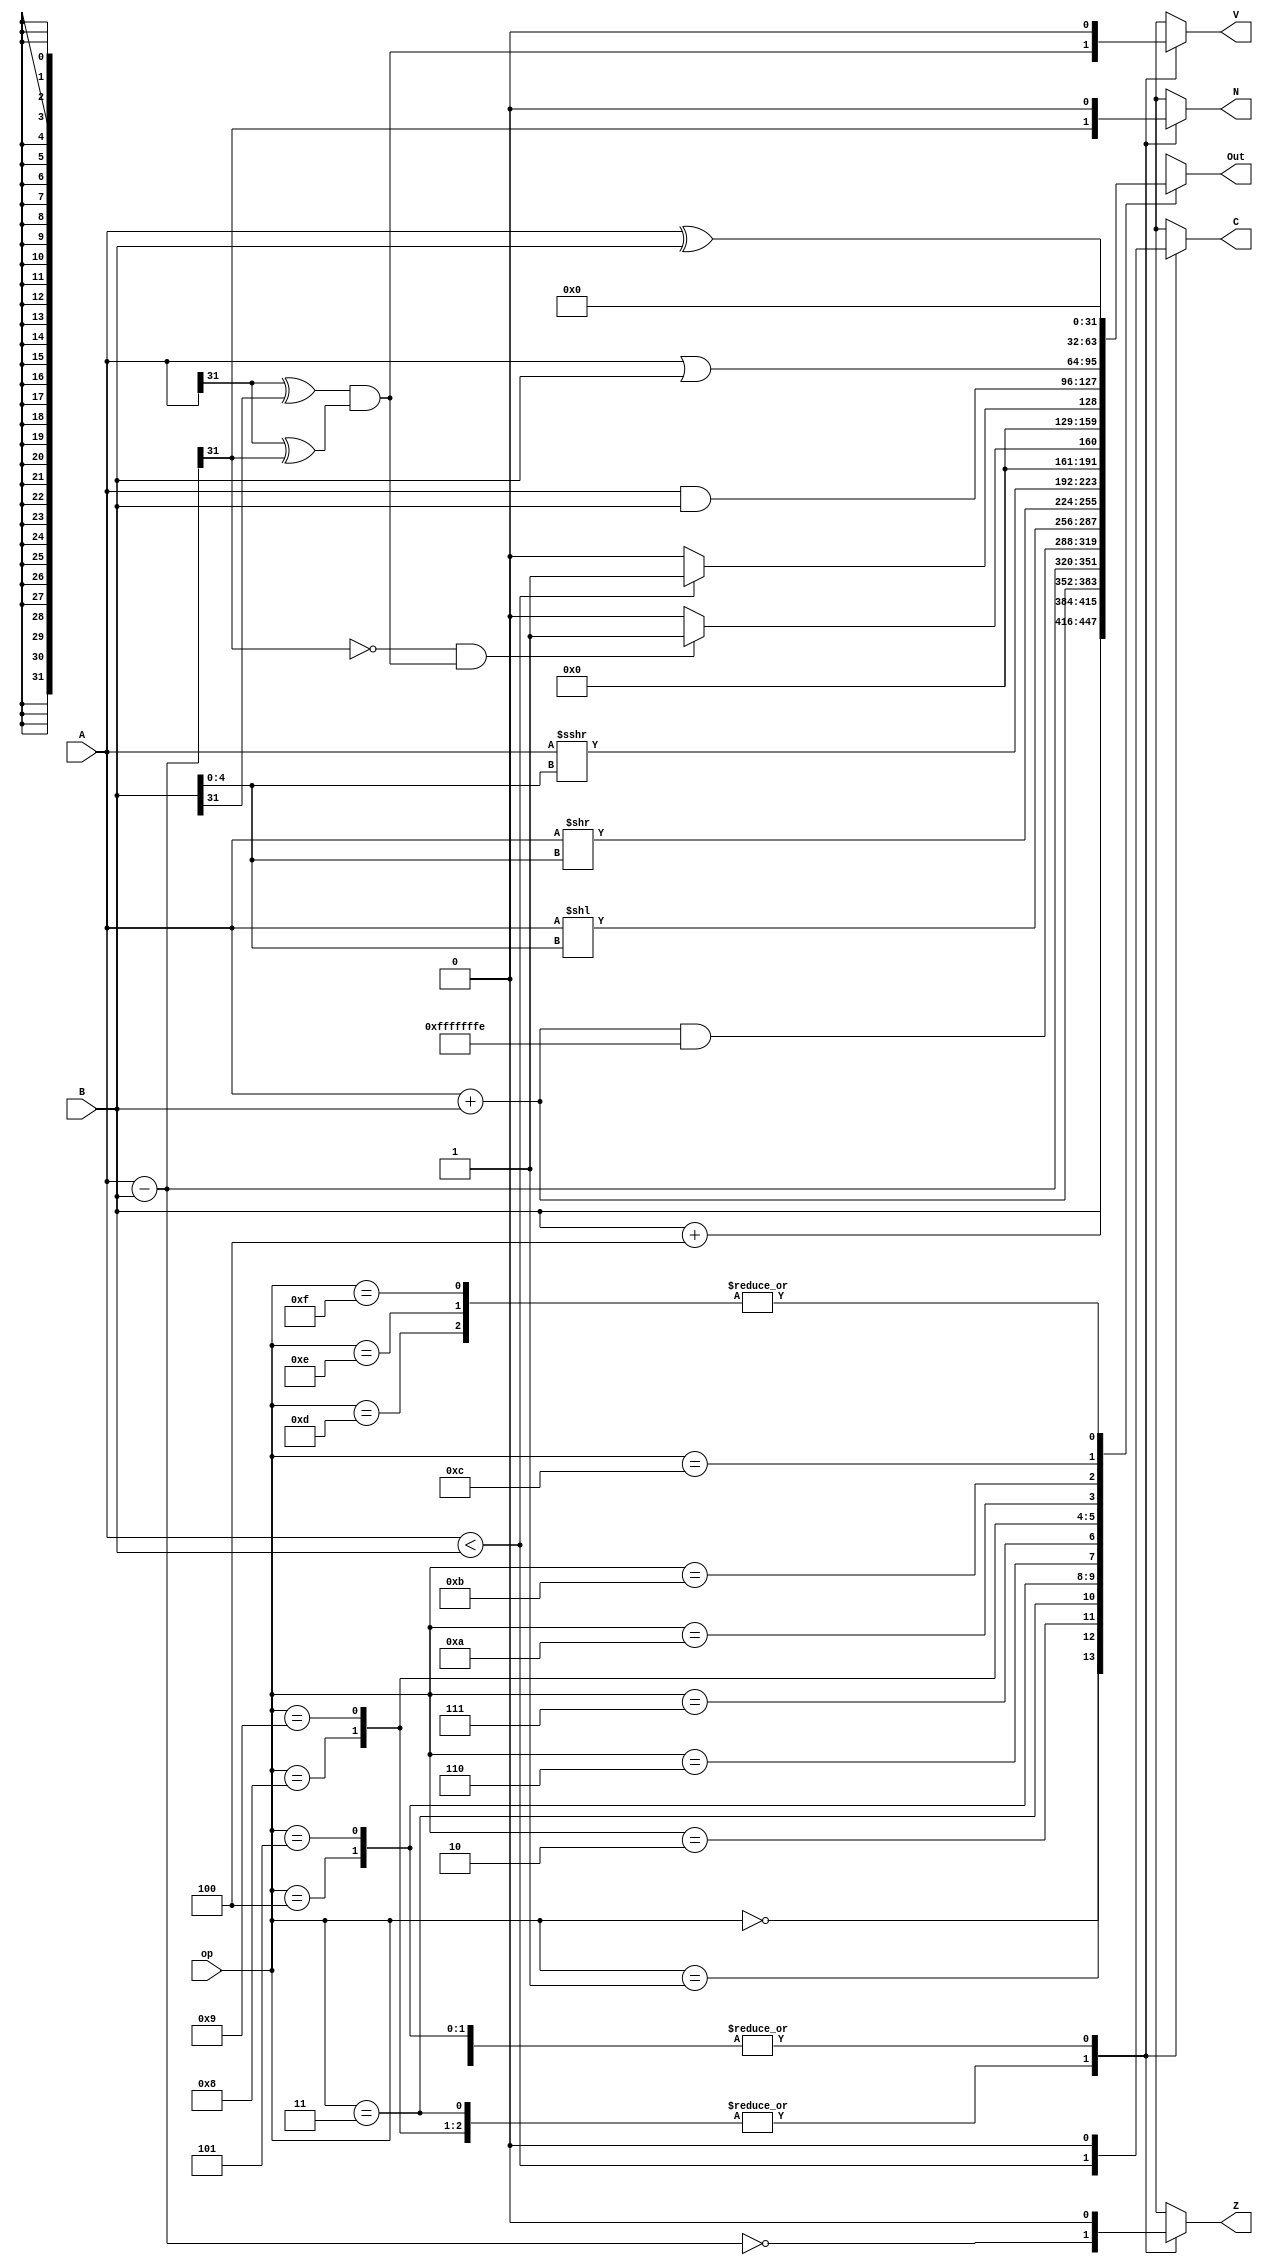
module ALU(
  input [31:0] A,
  input [31:0] B,
  input [3:0] op,
  output reg [31:0] Out,
  output reg Z,
  output reg N,
  output reg C,
  output reg V
);

reg [31:0] dif;

always @(A or B or op) begin
  Out = 32'h0;
  Z = 1'b0;
  N = 1'b0;
  C = 1'b0;
  V = 1'b0;

  case(op)
    4'b0000: begin  // Just B
      Out = B;
    end
    
    4'b0001: begin  // B + 4
      Out = B + 4;
    end

    4'b0010: begin  // ADD
      Out = A + B;
    end

    4'b0011: begin  // SUB
      Out = A - B;
      Z = (Out == 32'h0);
      N = Out[31];
      C = A < B;
      V = (A[31] ^ B[31]) & (A[31] ^ Out[31]);
    end

    4'b0100: begin  // (A + B) & 0xFFFFFFFE
      Out = (A + B) & 32'hFFFFFFFE;
    end

    4'b0101: begin  // Logical left shift of A by lower 5 bits of B
      Out = A << (B[4:0]);
    end

    4'b0110: begin  // Logical right shift of A by lower 5 bits of B
      Out = A >> B[4:0];
    end

    4'b0111: begin  // Arithmetic right shift of A by lower 5 bits of B
      Out = $signed(A) >>> B[4:0];
    end

    4'b1000: begin  // if (A < B) then Out=1, else Out=0 (signed)
      dif = A - B;
      Z = (dif == 32'h0);
      N = dif[31];
      C = A < B;
      V = (A[31] ^ B[31]) & (A[31] ^ dif[31]);

      if (~N & V) begin
        Out = 32'h1;
      end else begin
        Out = 32'h0;
      end
    end

    4'b1001: begin  // if (A < B) then Out=1, else Out=0 (unsigned)
      dif = A - B;
      Z = (dif == 32'h0);
      N = dif[31];
      C = A < B;
      V = (A[31] ^ B[31]) & (A[31] ^ dif[31]);

      if (C) begin
        Out = 32'h1;
      end else begin
        Out = 32'h0;
      end
    end

    4'b1010: begin  // Bitwise AND
      Out = A & B;
      
    end

    4'b1011: begin  // Bitwise OR
      Out = A | B;
      
    end

    4'b1100: begin  // Bitwise XOR
      Out = A ^ B;
      
    end

    4'b1101: begin  // ADD
      // Dead operator
      
    end

    4'b1110: begin  // ADD
      // Dead operator
      
    end

    4'b1111: begin  // ADD
      // Dead operator
      
    end
  endcase
end

endmodule


// Test Code
`timescale 1ns/1ns

module ALU_tb;

  // Inputs
  reg [31:0] A, B;
  reg [3:0] op;

  // Outputs
  wire [31:0] Out;
  wire Z, N, C, V;

  ALU uut (
    .A(A),
    .B(B),
    .op(op),
    .Out(Out),
    .Z(Z),
    .N(N),
    .C(C),
    .V(V)
  );

  initial begin
    A = 32'b10011100000000000000000000111000;
    B = 32'b01110000000000000000000000000011;
    op = 4'b0000;

    // Table header
    $display("%-9s%-47s%-47s%-47s%-3s%-3s%-3s%-3s", "Op Code", "A", "B", "Out", "Z", "N", "C", "V");
    $display("----------------------------------------------------------------------------------------------------------------------------------------------------------------");

    $monitor("%-9b%-33b(%d)  %-33b(%d)  %-33b(%d)  %-3b%-3b%-3b%-3b", op, A, A, B, B, Out, Out, Z, N, C, V);
    
    while (op != 4'b1111) begin
      #2;
      op = op + 1;
    end

    $finish;
  end

endmodule